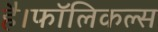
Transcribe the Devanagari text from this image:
है।फॉलिकल्स